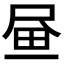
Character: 𡱮